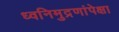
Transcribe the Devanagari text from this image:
ध्वनिमुद्रणांपेक्षा